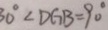
3 0 ^ { \circ } < D G B = 9 0 ^ { \circ }